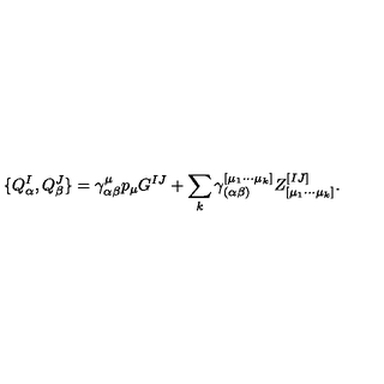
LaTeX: \{ Q _ { \alpha } ^ { I } , Q _ { \beta } ^ { J } \} = \gamma _ { \alpha \beta } ^ { \mu } p _ { \mu } G ^ { I J } + \sum _ { k } \gamma _ { ( \alpha \beta ) } ^ { [ \mu _ { 1 } \cdots \mu _ { k } ] } Z _ { [ \mu _ { 1 } \cdots \mu _ { k } ] } ^ { [ I J ] } .